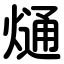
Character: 熥